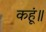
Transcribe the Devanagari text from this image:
कहूं॥